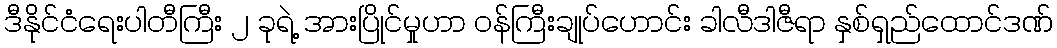
ဒီနိုင်ငံရေးပါတီကြီး ၂ ခုရဲ့ အားပြိုင်မှုဟာ ဝန်ကြီးချုပ်ဟောင်း ခါလီဒါဇီရာ နှစ်ရှည်ထောင်ဒဏ်